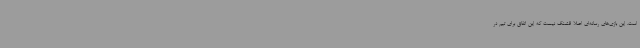
است. این بازی‌های رسانه‌ای اصلا قشنگ نیست که این اتفاق برای تیم در